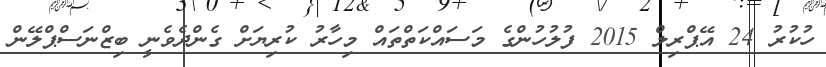
ހުކުރު 24 އޭޕްރިލް 2015 ފުލުހުންގެ މަސައްކަތްތައް މިހާރު ކުރިޔަށް ގެންދެވެނީ ބިޒްނަސްޕްލޭން